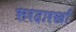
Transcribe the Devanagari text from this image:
सरदारखाँ